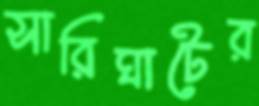
সারিঘাটের